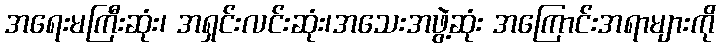
အရေးမကြီးဆုံး၊ အရှင်းလင်းဆုံး၊အသေးအဖွဲ့ဆုံး အကြောင်းအရာများကို